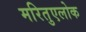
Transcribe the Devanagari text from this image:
मरितुएलोक